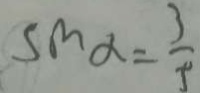
\sin \alpha = \frac { 3 } { 5 }